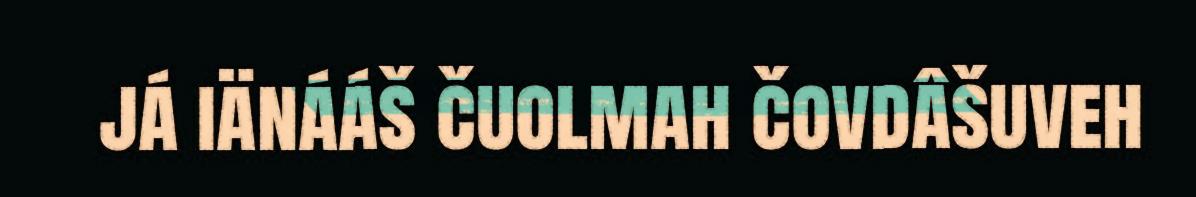
já iänááš čuolmah čovdâšuveh